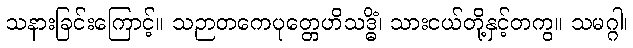
သနားခြင်းကြောင့်။ သဉာတကေပုတ္တေဟိသဒ္ဓိံ၊ သားငယ်တို့နှင့်တကွ။ သမဂ္ဂါ၊